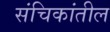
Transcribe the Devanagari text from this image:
संचिकांतील